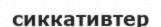
сиккативтер